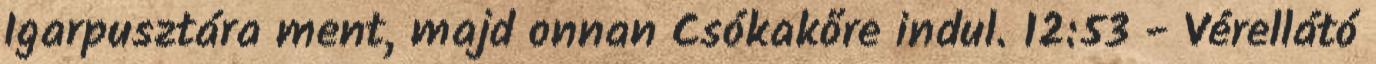
Igarpusztára ment, majd onnan Csókakőre indul. 12:53 - Vérellátó